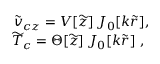
\begin{array} { r } { { \widetilde { v } } _ { c z } = V [ \widetilde { z } ] \, J _ { 0 } [ k \widetilde { r } ] , } \\ { { \widetilde { T } _ { c } } = \Theta [ \widetilde { z } ] \, J _ { 0 } [ k \widetilde { r } ] \ , \ } \end{array}